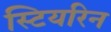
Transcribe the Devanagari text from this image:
स्टियरिन